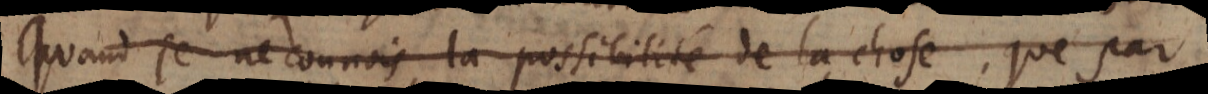
Quand je ne connois la possibilité de la chose que par